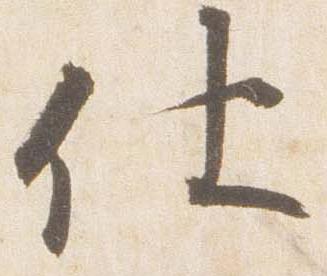
仕